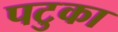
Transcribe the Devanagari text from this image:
पटुका